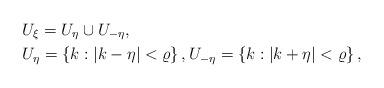
LaTeX: \begin{align*} &U_{\xi}=U_{\eta}\cup U_{-\eta},\\ &U_{\eta}=\left\{k: |k-\eta|<\varrho \right\}, U_{-\eta}=\left\{k: |k+\eta|<\varrho \right\},\end{align*}